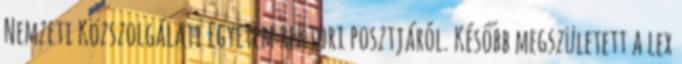
Nemzeti Közszolgálati Egyetem rektori posztjáról. Később megszületett a lex